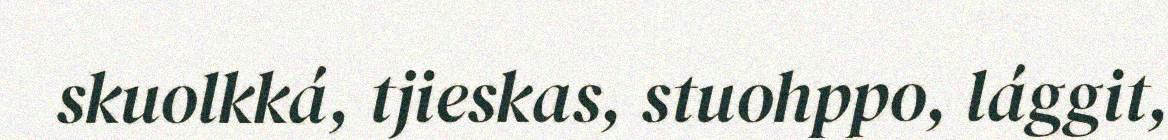
skuolkká, tjieskas, stuohppo, lággit,